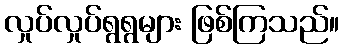
လှုပ်လှုပ်ရွရွများ ဖြစ်ကြသည်။